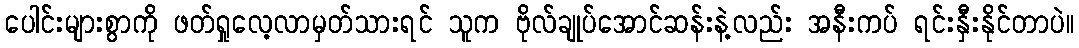
ပေါင်းများစွာကို ဖတ်ရှုလေ့လာမှတ်သားရင် သူက ဗိုလ်ချုပ်အောင်ဆန်းနဲ့လည်း အနီးကပ် ရင်းနှီးနိုင်တာပဲ။